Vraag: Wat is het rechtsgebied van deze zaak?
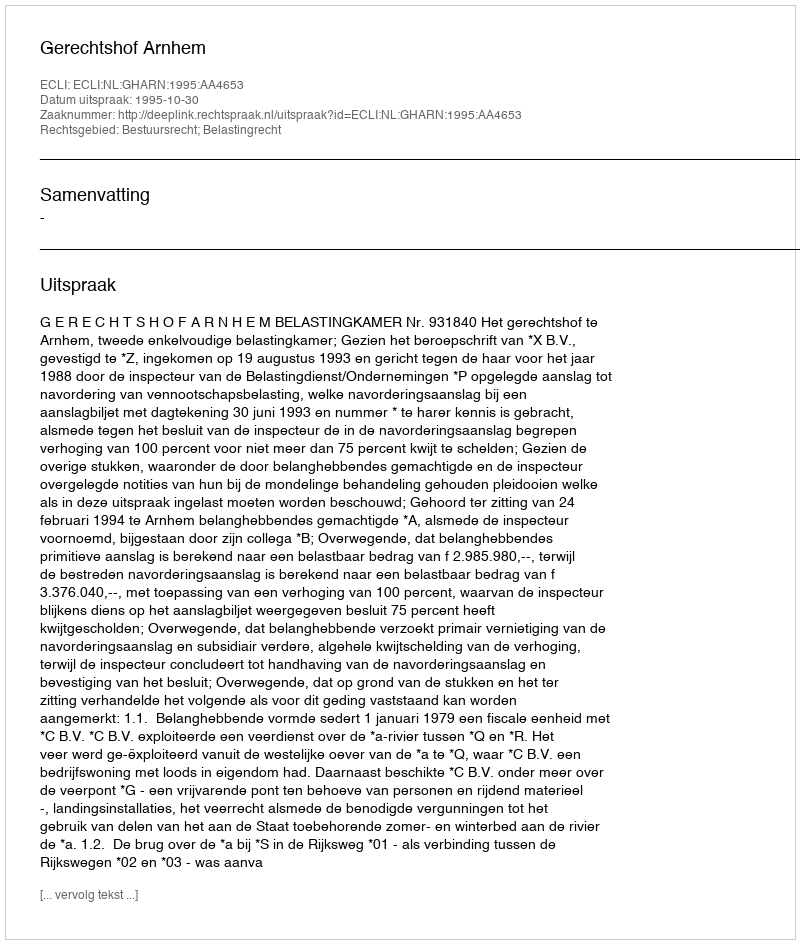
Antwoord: Bestuursrecht; Belastingrecht